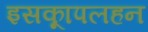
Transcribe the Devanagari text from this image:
इसकाूपलहन